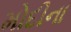
મોદીના